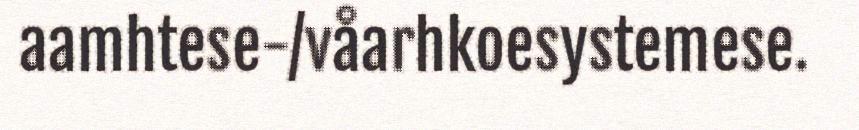
aamhtese-/våarhkoesystemese.